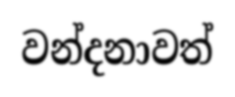
වන්දනාවත්